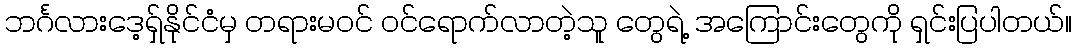
ဘင်္ဂလားဒေ့ရှ်နိုင်ငံမှ တရားမဝင် ဝင်ရောက်လာတဲ့သူ တွေရဲ့ အကြောင်းတွေကို ရှင်းပြပါတယ်။